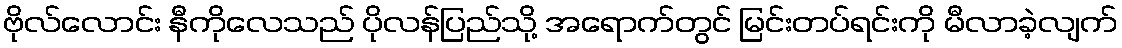
ဗိုလ်လောင်း နီကိုလေသည် ပိုလန်ပြည်သို့ အရောက်တွင် မြင်းတပ်ရင်းကို မီလာခဲ့လျက်